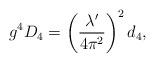
LaTeX: \begin{align*}g^4D_4=\left(\frac{\lambda'}{4\pi^2}\right)^2 d_4,\end{align*}